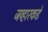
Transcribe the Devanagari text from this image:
जव्हारकडे